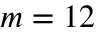
m = 1 2